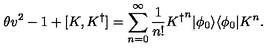
\theta v ^ { 2 } - 1 + [ K , { K ^ { \dagger } } ] = \displaystyle { \sum _ { n = 0 } ^ { \infty } \frac { 1 } { n ! } } { K ^ { \dagger } } ^ { n } | \phi _ { 0 } \rangle \langle \phi _ { 0 } | K ^ { n } .